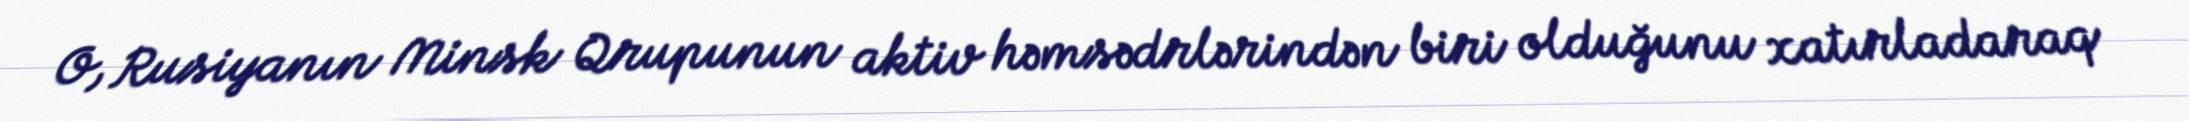
O, Rusiyanın Minsk Qrupunun aktiv həmsədrlərindən biri olduğunu xatırladaraq